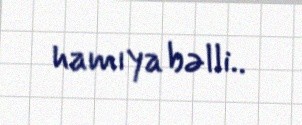
hamıya bəlli..